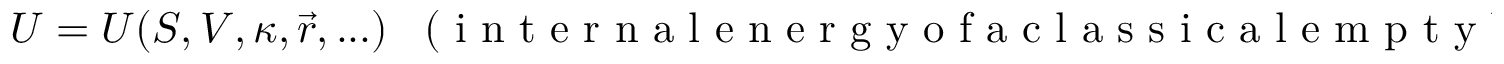
U = U ( S , V , \kappa , \vec { r } , . . . ) \enspace \mathrm { ~ ( ~ i ~ n ~ t ~ e ~ r ~ n ~ a ~ l ~ e ~ n ~ e ~ r ~ g ~ y ~ o ~ f ~ a ~ c ~ l ~ a ~ s ~ s ~ i ~ c ~ a ~ l ~ e ~ m ~ p ~ t ~ y ~ b ~ o ~ x ~ ) ~ }